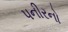
પનીરનો